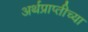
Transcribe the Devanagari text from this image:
अर्थप्राप्तीच्या